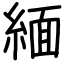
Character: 緬